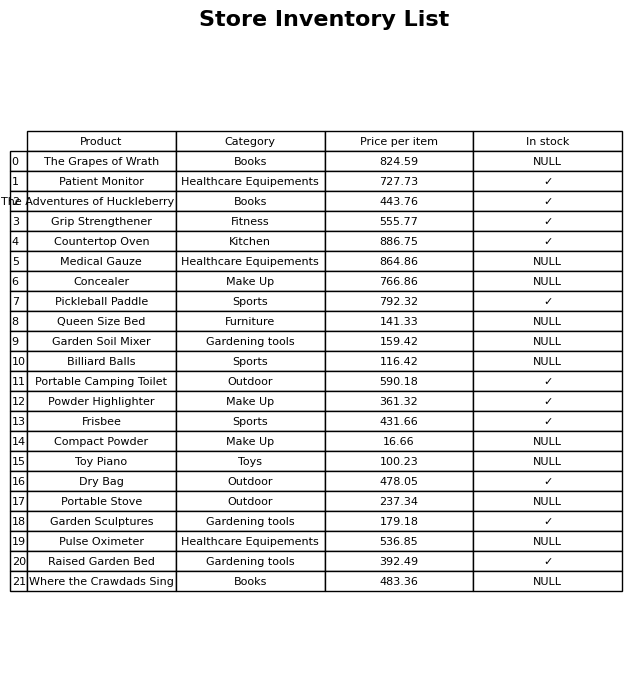
question: What is the price of the Billiard Balls?
answer: The price of Billiard Balls is 116.42.